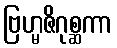
ဗြဟ္မဇိဂုစ္ဆကာ